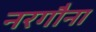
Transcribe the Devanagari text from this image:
नरगौना